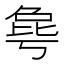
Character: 𰚋